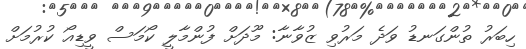
ހިބަރު ތުންގަނޑު ވަދެ މަރުވި ޒުވާނާ: މޫދަށް ފުންމާލީ ކޯމަސް ވީޑިއޯ ކުރުމަށް